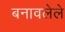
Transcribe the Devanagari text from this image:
बनावलेले